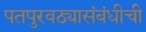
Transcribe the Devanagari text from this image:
पतपुरवठ्यासंबंधीची